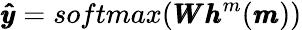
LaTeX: \pmb{\hat{y}}=softmax(\pmb{W}\pmb{h}^{m}(\pmb{m}))